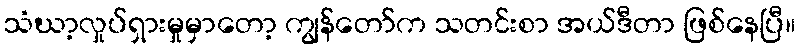
သံဃာ့လှုပ်ရှားမှုမှာတော့ ကျွန်တော်က သတင်းစာ အယ်ဒီတာ ဖြစ်နေပြီ။